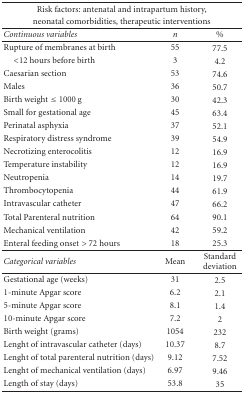
<table><thead><tr><td colspan="3"><b>Risk factors: antenatal and intrapartum history,</b></td></tr><tr><td colspan="3"><b>neonatal comorbidities, therapeutic interventions</b></td></tr></thead><tbody><tr><td><i>Continuous variables</i></td><td><i>n</i></td><td>%</td></tr><tr><td>Rupture of membranes at birth</td><td> 55</td><td>77.5</td></tr><tr><td> &lt;12 hours before birth</td><td>3</td><td>4.2</td></tr><tr><td>Caesarian section</td><td>53</td><td>74.6</td></tr><tr><td>Males</td><td>36</td><td>50.7</td></tr><tr><td>Birth weight ≤ 1000 g</td><td>30</td><td>42.3</td></tr><tr><td>Small for gestational age</td><td>45</td><td>63.4</td></tr><tr><td>Perinatal asphyxia</td><td>37</td><td>52.1</td></tr><tr><td>Respiratory distress syndrome</td><td>39</td><td>54.9</td></tr><tr><td>Necrotizing enterocolitis</td><td>12</td><td>16.9</td></tr><tr><td>Temperature instability</td><td>12</td><td>16.9</td></tr><tr><td>Neutropenia</td><td>14</td><td>19.7</td></tr><tr><td>Thrombocytopenia</td><td>44</td><td>61.9</td></tr><tr><td>Intravascular catheter</td><td>47</td><td>66.2</td></tr><tr><td>Total Parenteral nutrition</td><td>64</td><td>90.1</td></tr><tr><td>Mechanical ventilation</td><td>42</td><td>59.2</td></tr><tr><td>Enteral feeding onset &gt; 72 hours</td><td>18</td><td>25.3</td></tr><tr><td><i>Categorical variables</i></td><td>Mean</td><td>Standard deviation</td></tr><tr><td>Gestational age (weeks)</td><td>31</td><td>2.5</td></tr><tr><td> 1-minute Apgar score</td><td>6.2</td><td>2.1</td></tr><tr><td> 5-minute Apgar score</td><td>8.1</td><td>1.4</td></tr><tr><td>10-minute Apgar score</td><td>7.2</td><td>2</td></tr><tr><td>Birth weight (grams)</td><td>1054</td><td>232</td></tr><tr><td>Lenght of intravascular catheter (days)</td><td>10.37</td><td>8.7</td></tr><tr><td>Lenght of total parenteral nutrition (days)</td><td>9.12</td><td>7.52</td></tr><tr><td>Lenght of mechanical ventilation (days)</td><td>6.97</td><td>9.46</td></tr><tr><td>Length of stay (days)</td><td>53.8</td><td>35</td></tr></tbody></table>